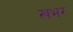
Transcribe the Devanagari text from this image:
खभर